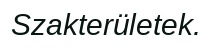
Szakterületek.